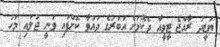
ޔަޒީދު ރާއްޖެ ޓީވީއާ ދެކޮޅަށް އަބުރުގެ ދައުވާ ކޮށްފައި ވަނީ ޖުލައި މަހު